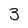
Character: 3